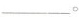
___。